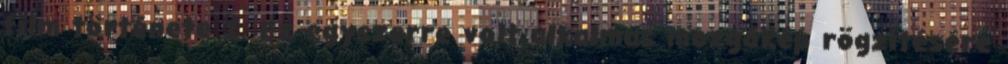
film története I. Ez egyszerre volt alkalmas mozgókép rögzítésére